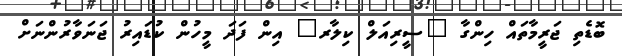
ބޮޑެތި ޖަރީމާތައް ހިންގާ "ސީރިއަލް ކިލާރ" އިން ފަދަ މީހުން ކުޑައިރު ޖަނަވާރުންނަށް